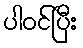
ပါဝင်ပြီး